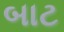
બાટ